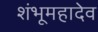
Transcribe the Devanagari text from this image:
शंभूमहादेव